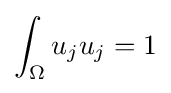
\int _{\Omega }u_{j}u_{j}=1